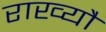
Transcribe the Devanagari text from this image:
राख्यौ